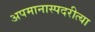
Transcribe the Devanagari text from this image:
अपमानास्पदरीत्या